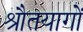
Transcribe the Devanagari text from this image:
श्रौतयागों